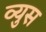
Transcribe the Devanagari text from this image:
व्युस